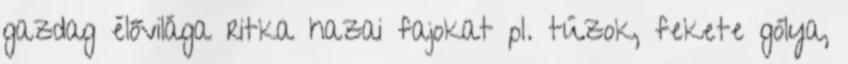
gazdag élővilága ritka hazai fajokat pl. túzok, fekete gólya,